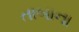
તાબાના